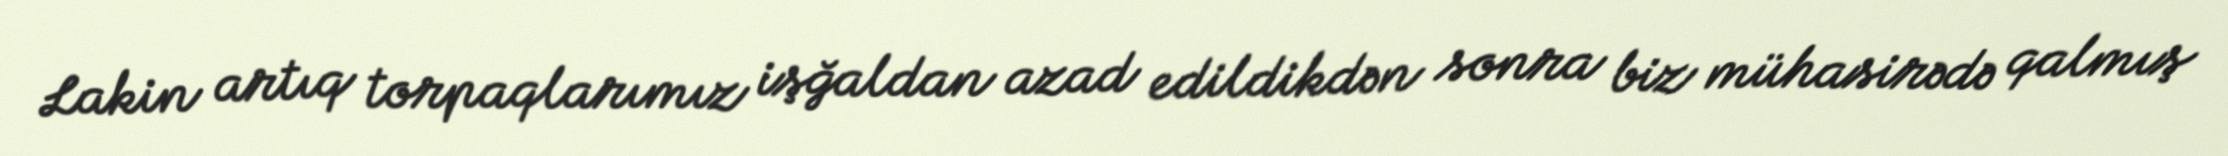
Lakin artıq torpaqlarımız işğaldan azad edildikdən sonra biz mühasirədə qalmış